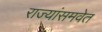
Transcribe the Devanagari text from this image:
राज्यांसमवेत